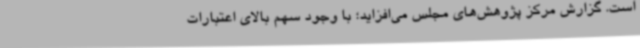
است. گزارش مرکز پژوهش‌های مجلس می‌افزاید؛ با وجود سهم بالای اعتبارات